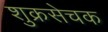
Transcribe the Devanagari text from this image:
शुक्रसेचक